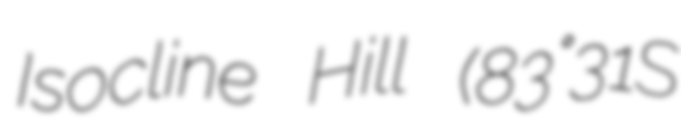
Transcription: Isocline Hill (83°31′S